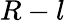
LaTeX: R-l